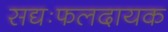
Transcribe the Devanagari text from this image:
सद्यःफलदायक